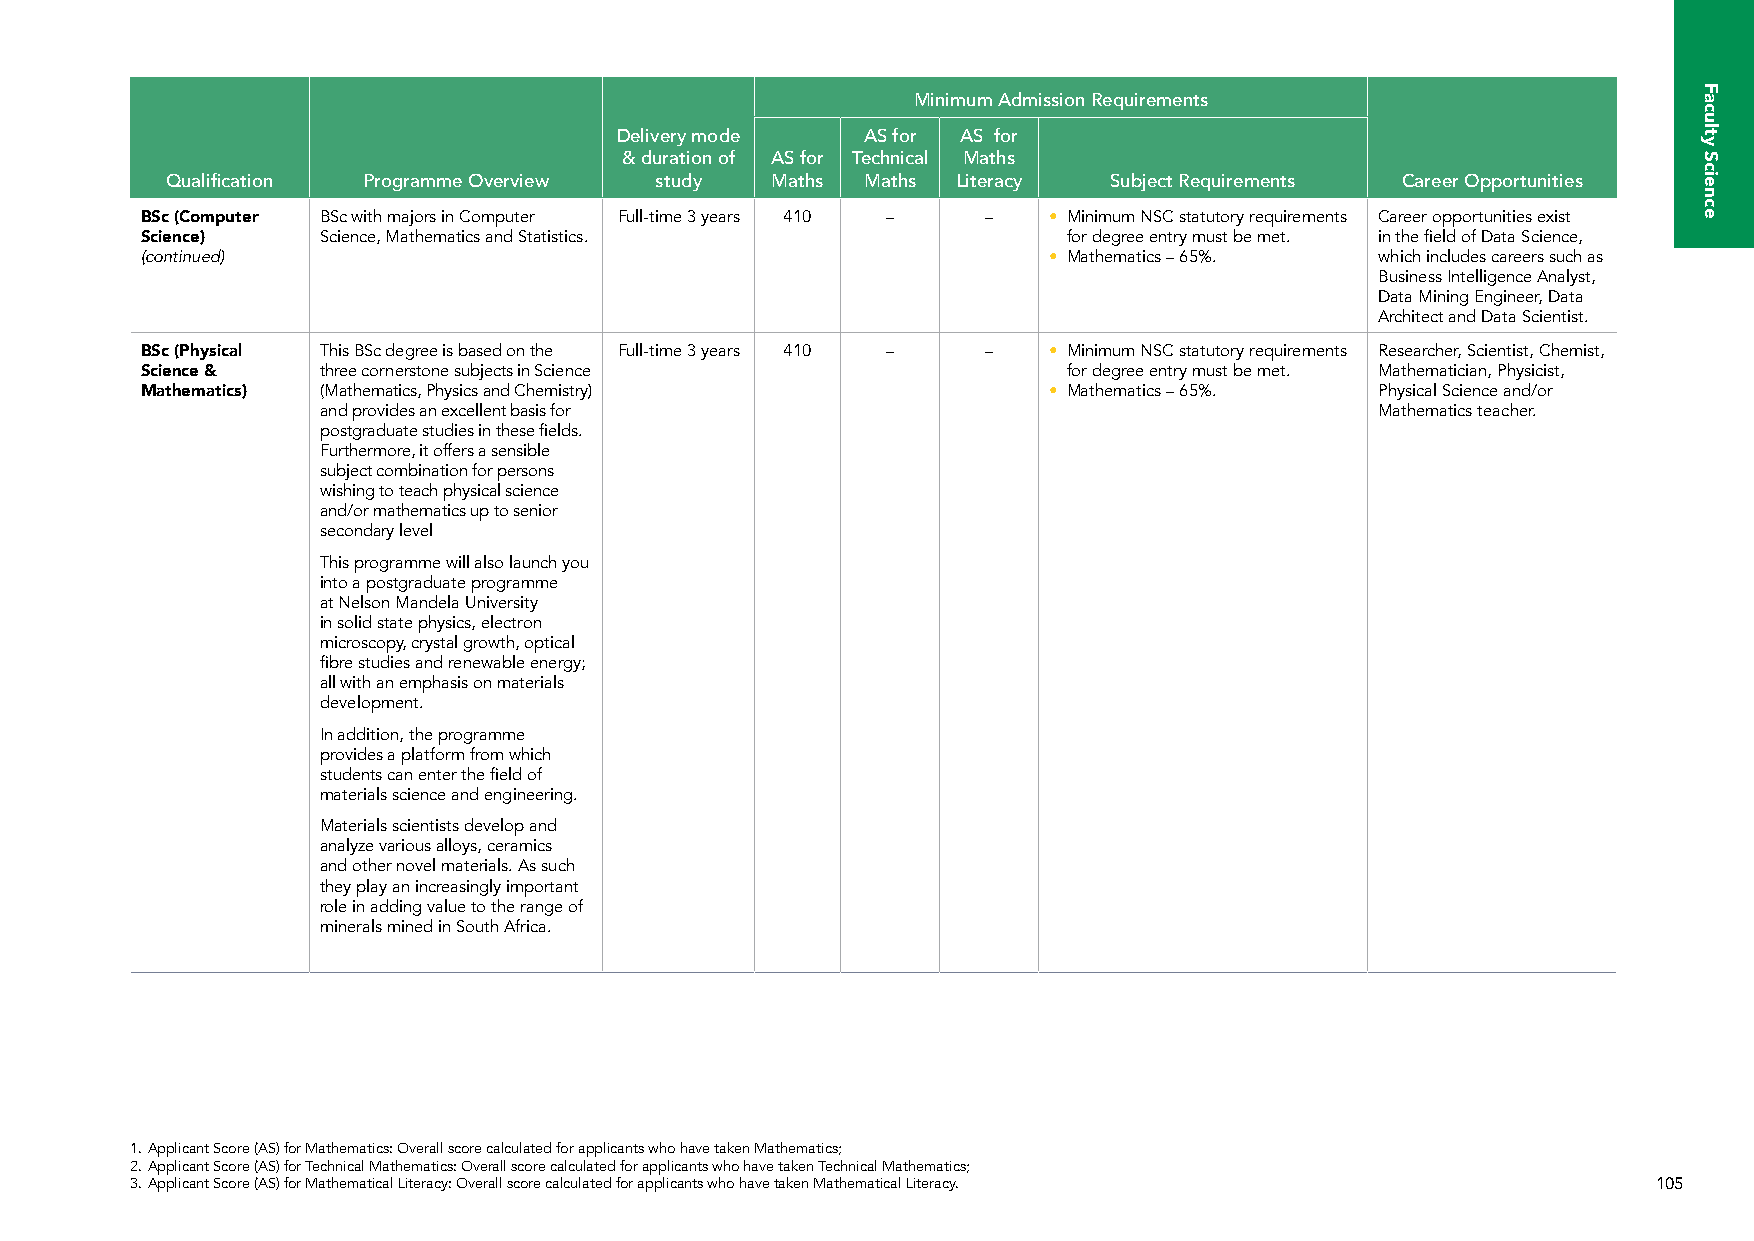
Minimum Admission Requirements
 Delivery mode   AS for AS for
 & duration of AS for Technical Maths
 Qualification Programme Overview study  Maths Maths Literacy  Subject Requirements Career Opportunities
 BSc (Computer BSc with majors in Computer Full-time 3 years 410 – – • Minimum NSC statutory requirements Career opportunities exist
 Science)    Science, Mathematics and Statistics.              for degree entry must be met. in the field of Data Science,
 (continued)                                                 • Mathematics – 65%.  which includes careers such as
 Business Intelligence Analyst,
 Data Mining Engineer, Data
 Architect and Data Scientist.
 BSc (Physical This BSc degree is based on the Full-time 3 years 410 – – • Minimum NSC statutory requirements Researcher, Scientist, Chemist,
 Science &   three cornerstone subjects in Science             for degree entry must be met. Mathematician, Physicist,
 Mathematics) (Mathematics, Physics and Chemistry)           • Mathematics – 65%.  Physical Science and/or
 and provides an excellent basis for                                   Mathematics teacher.
 postgraduate studies in these fields.
 Furthermore, it offers a sensible
 subject combination for persons
 wishing to teach physical science
 and/or mathematics up to senior
 secondary level
 This programme will also launch you
 into a postgraduate programme
 at Nelson Mandela University
 in solid state physics, electron
 microscopy, crystal growth, optical
 fibre studies and renewable energy;
 all with an emphasis on materials
 development.
 In addition, the programme
 provides a platform from which
 students can enter the field of
 materials science and engineering.
 Materials scientists develop and
 analyze various alloys, ceramics
 and other novel materials. As such
 they play an increasingly important
 role in adding value to the range of
 minerals mined in South Africa.
 1. Applicant Score (AS) for Mathematics: Overall score calculated for applicants who have taken Mathematics;
 2. Applicant Score (AS) for Technical Mathematics: Overall score calculated for applicants who have taken Technical Mathematics;
 3. Applicant Score (AS) for Mathematical Literacy: Overall score calculated for applicants who have taken Mathematical Literacy. 105
 Faculty
 Science